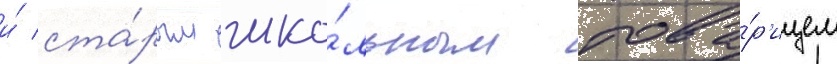
и́ ста́рым шко́льным това́р'ищем